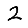
Digit: 2